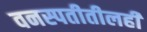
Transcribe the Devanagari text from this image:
वनस्पतीतीलही